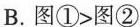
B.图①>图②